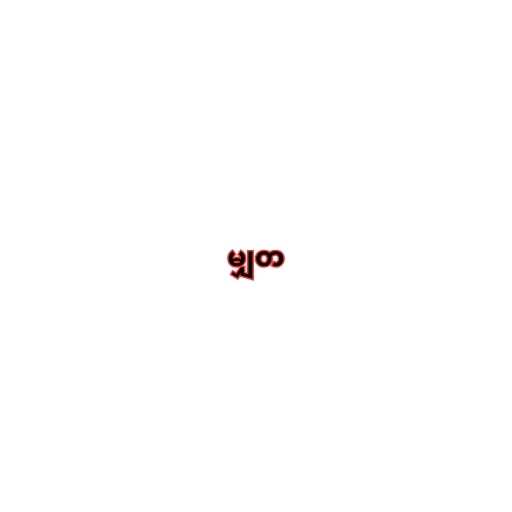
မျှတ